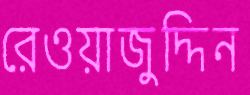
রেওয়াজুদ্দিন